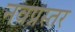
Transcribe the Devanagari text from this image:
नवप्रस्तर